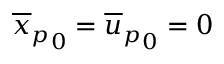
{ \overline { { x } } _ { p } } _ { 0 } = { \overline { { u } } _ { p } } _ { 0 } = 0